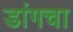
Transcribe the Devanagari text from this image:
डांगचा